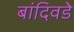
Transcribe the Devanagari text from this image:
बांदिवडे